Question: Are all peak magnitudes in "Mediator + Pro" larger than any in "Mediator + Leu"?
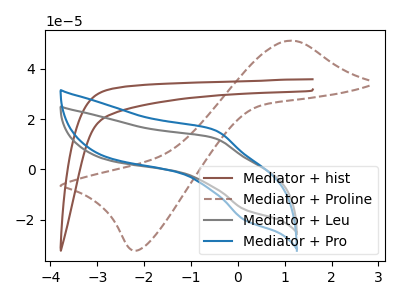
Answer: <think>The brown curve "Mediator + hist" has no peaks. The brown dashed curve "Mediator + Proline" has an anodic peak at (1.10V, 51.25uA) and a cathodic peak at (-2.15V, -32.25uA). The gray curve "Mediator + Leu" has an anodic peak at (-0.50V, 12.45uA) and a cathodic peak at (0.15V, -15.95uA). The blue curve "Mediator + Pro" has an anodic peak at (-0.50V, 15.70uA) and a cathodic peak at (0.15V, -20.15uA).</think>
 <answer>Every peak in "Mediator + Pro" is higher than every peak in "Mediator + Leu".</answer>
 <eval>higher</eval>